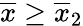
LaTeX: \overline{{x}}\geq\overline{{x}}_{2}